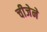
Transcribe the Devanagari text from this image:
चीजेने